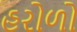
હરોળો